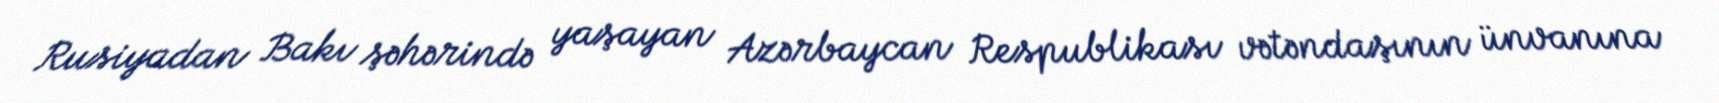
Rusiyadan Bakı şəhərində yaşayan Azərbaycan Respublikası vətəndaşının ünvanına